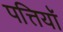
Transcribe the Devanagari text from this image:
पत्तियॉ